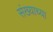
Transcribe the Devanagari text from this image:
संख्याच्या